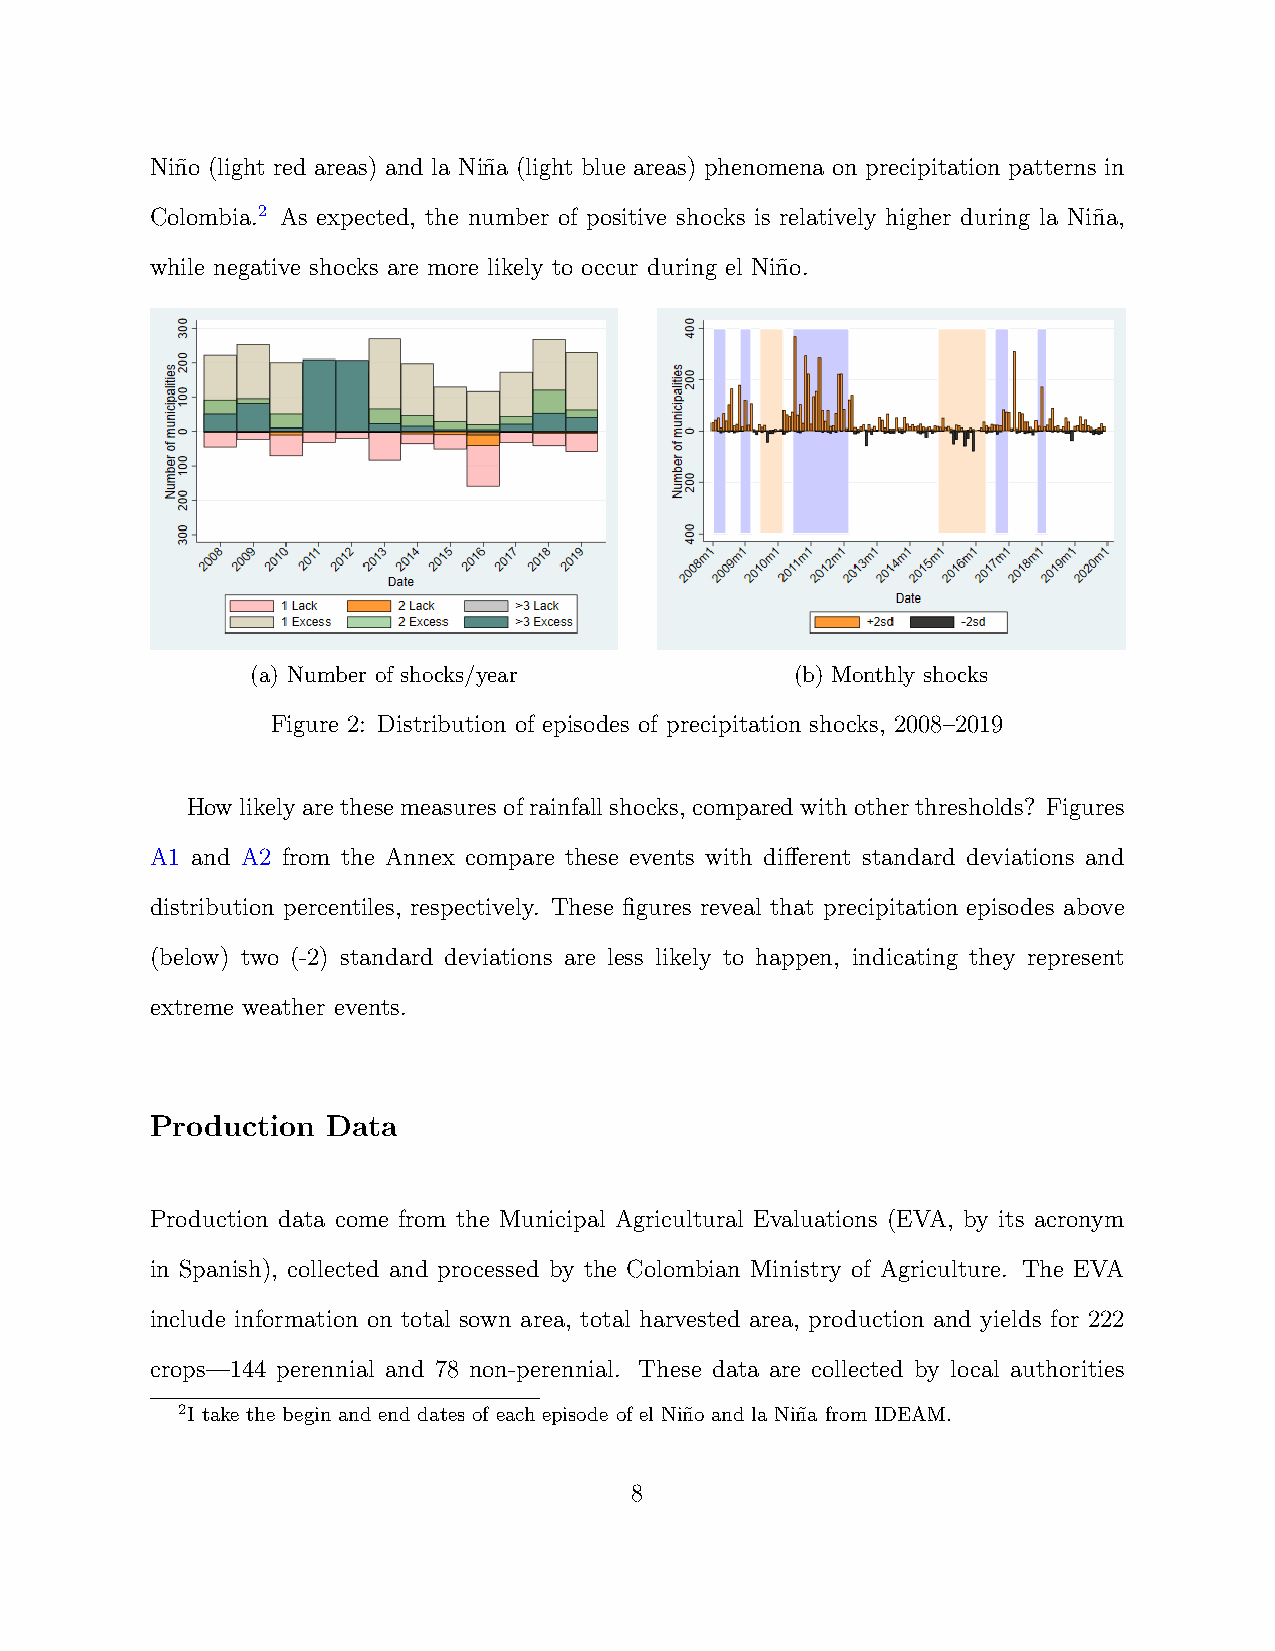
Nin˜o (light red areas) and la Nin˜a (light blue areas) phenomena on precipitation patterns in
 Colombia.2 As expected, the number of positive shocks is relatively higher during la Nin˜a,
 while negative shocks are more likely to occur during el Nin˜o.
 (a) Number of shocks/year           (b) Monthly shocks
 Figure 2: Distribution of episodes of precipitation shocks, 2008–2019
 Howlikelyarethesemeasuresofrainfallshocks, comparedwithotherthresholds? Figures
 A1 and A2 from the Annex compare these events with different standard deviations and
 distribution percentiles, respectively. These figures reveal that precipitation episodes above
 (below) two (-2) standard deviations are less likely to happen, indicating they represent
 extreme weather events.
 Production  Data
 Production data come from the Municipal Agricultural Evaluations (EVA, by its acronym
 in Spanish), collected and processed by the Colombian Ministry of Agriculture. The EVA
 include information on total sown area, total harvested area, production and yields for 222
 crops—144 perennial and 78 non-perennial. These data are collected by local authorities
 2I take the begin and end dates of each episode of el Nin˜o and la Nin˜a from IDEAM.
 8